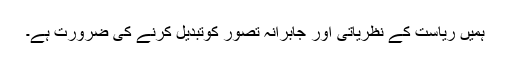
ہمیں ریاست کے نظریاتی اور جابرانہ تصور کوتبدیل کرنے کی ضرورت ہے۔